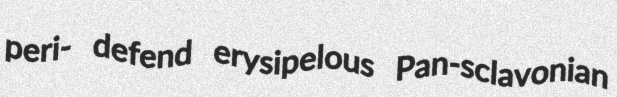
peri- defend erysipelous Pan-sclavonian